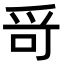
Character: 𤔄